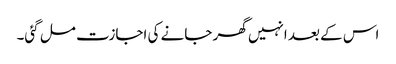
اس کے بعد انہیں گھر جانے کی اجازت مل گئی۔